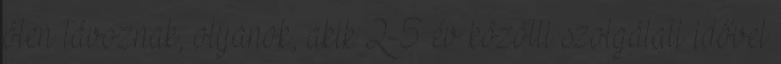
öten távoznak, olyanok, akik 2-5 év közötti szolgálati idővel